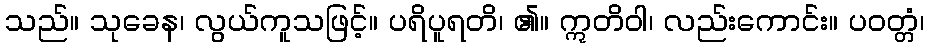
သည်။ သုခေန၊ လွယ်ကူသဖြင့်။ ပရိပူရတိ၊ ၏။ ဣတိဝါ၊ လည်းကောင်း။ ပဝတ္တံ၊